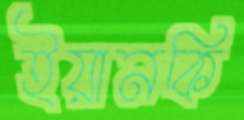
ইয়ানকি